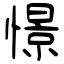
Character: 憬